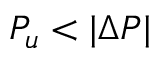
P _ { u } < | \Delta P |